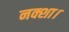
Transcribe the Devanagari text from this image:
नक्शा।